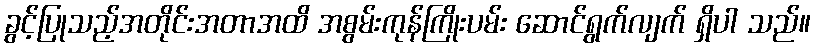
ခွင့်ပြုသည့်အတိုင်းအတာအထိ အစွမ်းကုန်ကြိုးပမ်း ဆောင်ရွက်လျက် ရှိပါ သည်။